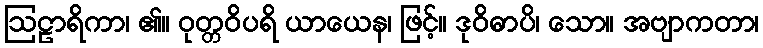
ဩဠာရိကာ၊ ၏။ ဝုတ္တဝိပရိ ယာယေန၊ ဖြင့်။ ဒုဝိဓာပိ၊ သော။ အဗျာကတာ၊